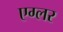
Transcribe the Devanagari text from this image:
एग्लर